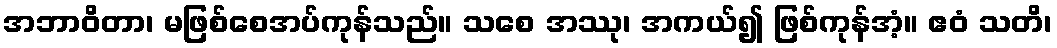
အဘာဝိတာ၊ မဖြစ်စေအပ်ကုန်သည်။ သစေ အဿု၊ အကယ်၍ ဖြစ်ကုန်အံ့။ ဧဝံ သတိ၊